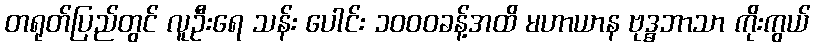
တရုတ်ပြည်တွင် လူဦးရေ သန်း ပေါင်း ၁၀၀၀ခန့်အထိ မဟာယာန ဗုဒ္ဓဘာသာ ကိုးကွယ်